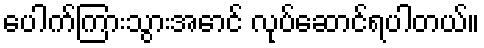
ပေါက်ကြားသွားအောင် လုပ်ဆောင်ရပါတယ်။